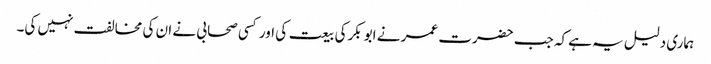
ہماری دلیل یہ ہے کہ جب حضرت عمر نے ابو بکرکی بیعت کی اور کسی صحابی نے ان کی مخالفت نہیں کی۔